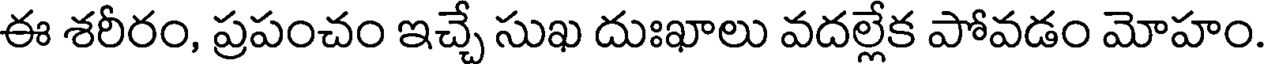
ఈ శరీరం, ప్రపంచం ఇచ్చే సుఖ దుఃఖాలు వదల్లేక పోవడం మోహం